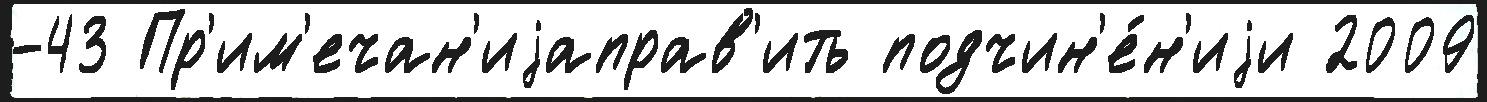
-43 Пр'им'ечан'иjаправ'ить подчин'е́н'иjи 2009